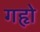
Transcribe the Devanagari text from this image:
गहृो